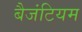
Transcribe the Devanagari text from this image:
बैजंटियम